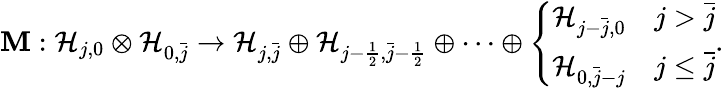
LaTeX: \mathbf{M}:\mathcal{{H}}_{j,0}\otimes\mathcal{{H}}_{0,\bar{{j}}}\to\mathcal{{H}}_{j,\bar{{j}}}\oplus\mathcal{{H}}_{j-\frac{{1}}{{2}},\bar{{j}}-\frac{{1}}{{2}}}\oplus\cdots\oplus\left\{ \begin{array}{ll}{\mathcal{H}_{j-\bar{j},0}}&{j>\bar{j}}\\ {\mathcal{H}_{0,\bar{j}-j}}&{j\leq\bar{j}}\end{array}\right..